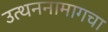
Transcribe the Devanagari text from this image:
उत्थननामागचा